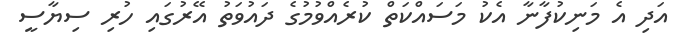
އަދި އެ މަނިކުފާނާ އެކު މަސައްކަތް ކުރެއްވުމުގެ ދައުވަތު އޭރުގައި ހުރި ސިޔާސީ